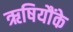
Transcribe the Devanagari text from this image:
ऋषियौंके